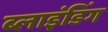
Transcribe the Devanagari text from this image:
ब्‍लाइंडिंग